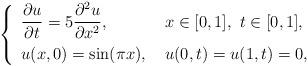
LaTeX: \begin{align*} \left\{ \renewcommand{\arraystretch}{1.5} \begin{array}{ll} \dfrac{\partial u}{\partial t} = 5 \dfrac{\partial^2 u}{\partial x^2}, & \ x\in[0,1], \ t \in[0,1], \\ u(x,0)=\sin(\pi x), & \ u(0,t)=u(1,t)=0, \end{array}\right.\end{align*}